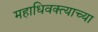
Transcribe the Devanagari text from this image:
महाधिवक्त्याच्या